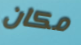
مكان